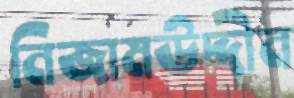
নিজামউদ্দীন